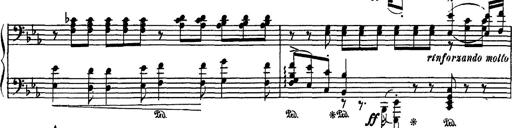
Title: Fantaisie sur des motifs favoris de l'opÃ©ra 'La sonnambula'
Composer: Franz Liszt